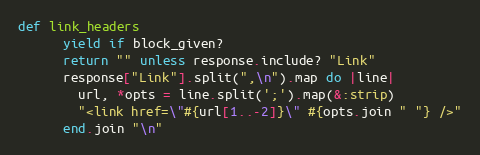
Language: Ruby
def link_headers
      yield if block_given?
      return "" unless response.include? "Link"
      response["Link"].split(",\n").map do |line|
        url, *opts = line.split(';').map(&:strip)
        "<link href=\"#{url[1..-2]}\" #{opts.join " "} />"
      end.join "\n"